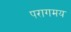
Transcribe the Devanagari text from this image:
परागमय